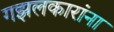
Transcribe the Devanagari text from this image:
गझलकारांना